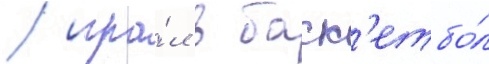
/ игра́л в баск'етбо́л